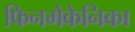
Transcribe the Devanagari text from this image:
फिनमेकेनिका